Scottish Leaving Certificate Examination, 1956
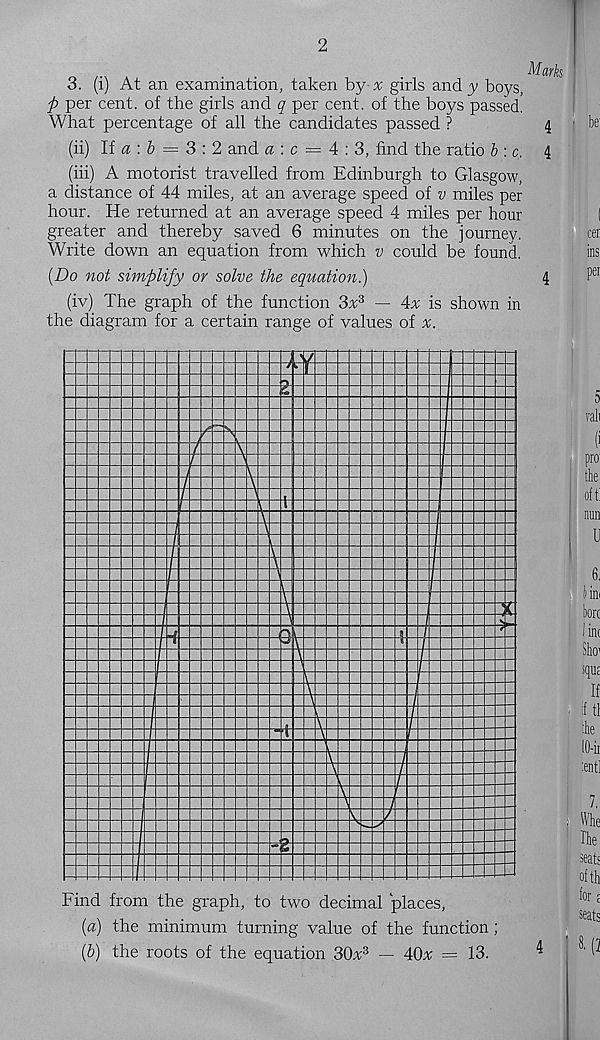
2
3. (i) At an examination, taken by % girls and y boys,
j? per cent, of the girls and £ per cent, of the boys passed!
What percentage of all the candidates passed ?
4
(ii) If a : & = 3 : 2 and a : c = 4 : 3, find the ratio h : c, 4
(iii) A motorist travelled from Edinburgh to Glasgow,
a distance of 44 miles, at an average speed of v miles per
hour. He returned at an average speed 4 miles per hour
greater and thereby saved 6 minutes on the journey.
Write down an equation from which v could be found.
{Do not simplify or solve the equation.)
4
(iv) The graph of the function 3^3 — Ax is shown in
the diagram for a certain range of values of x.
Find from the graph, to two decimal places,
[а] the minimum turning value of the function;
(б) the roots of the equation 30^3 — 40* = 13.